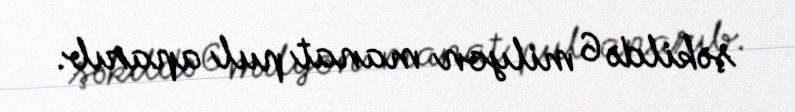
şəkildə 6 milyon manat pul aparıb.